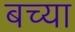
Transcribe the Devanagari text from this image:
बच्या